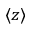
\langle z \rangle